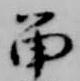
留